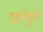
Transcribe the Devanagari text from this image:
प्रसंष्कृत